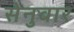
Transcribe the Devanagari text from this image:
सेनुवार